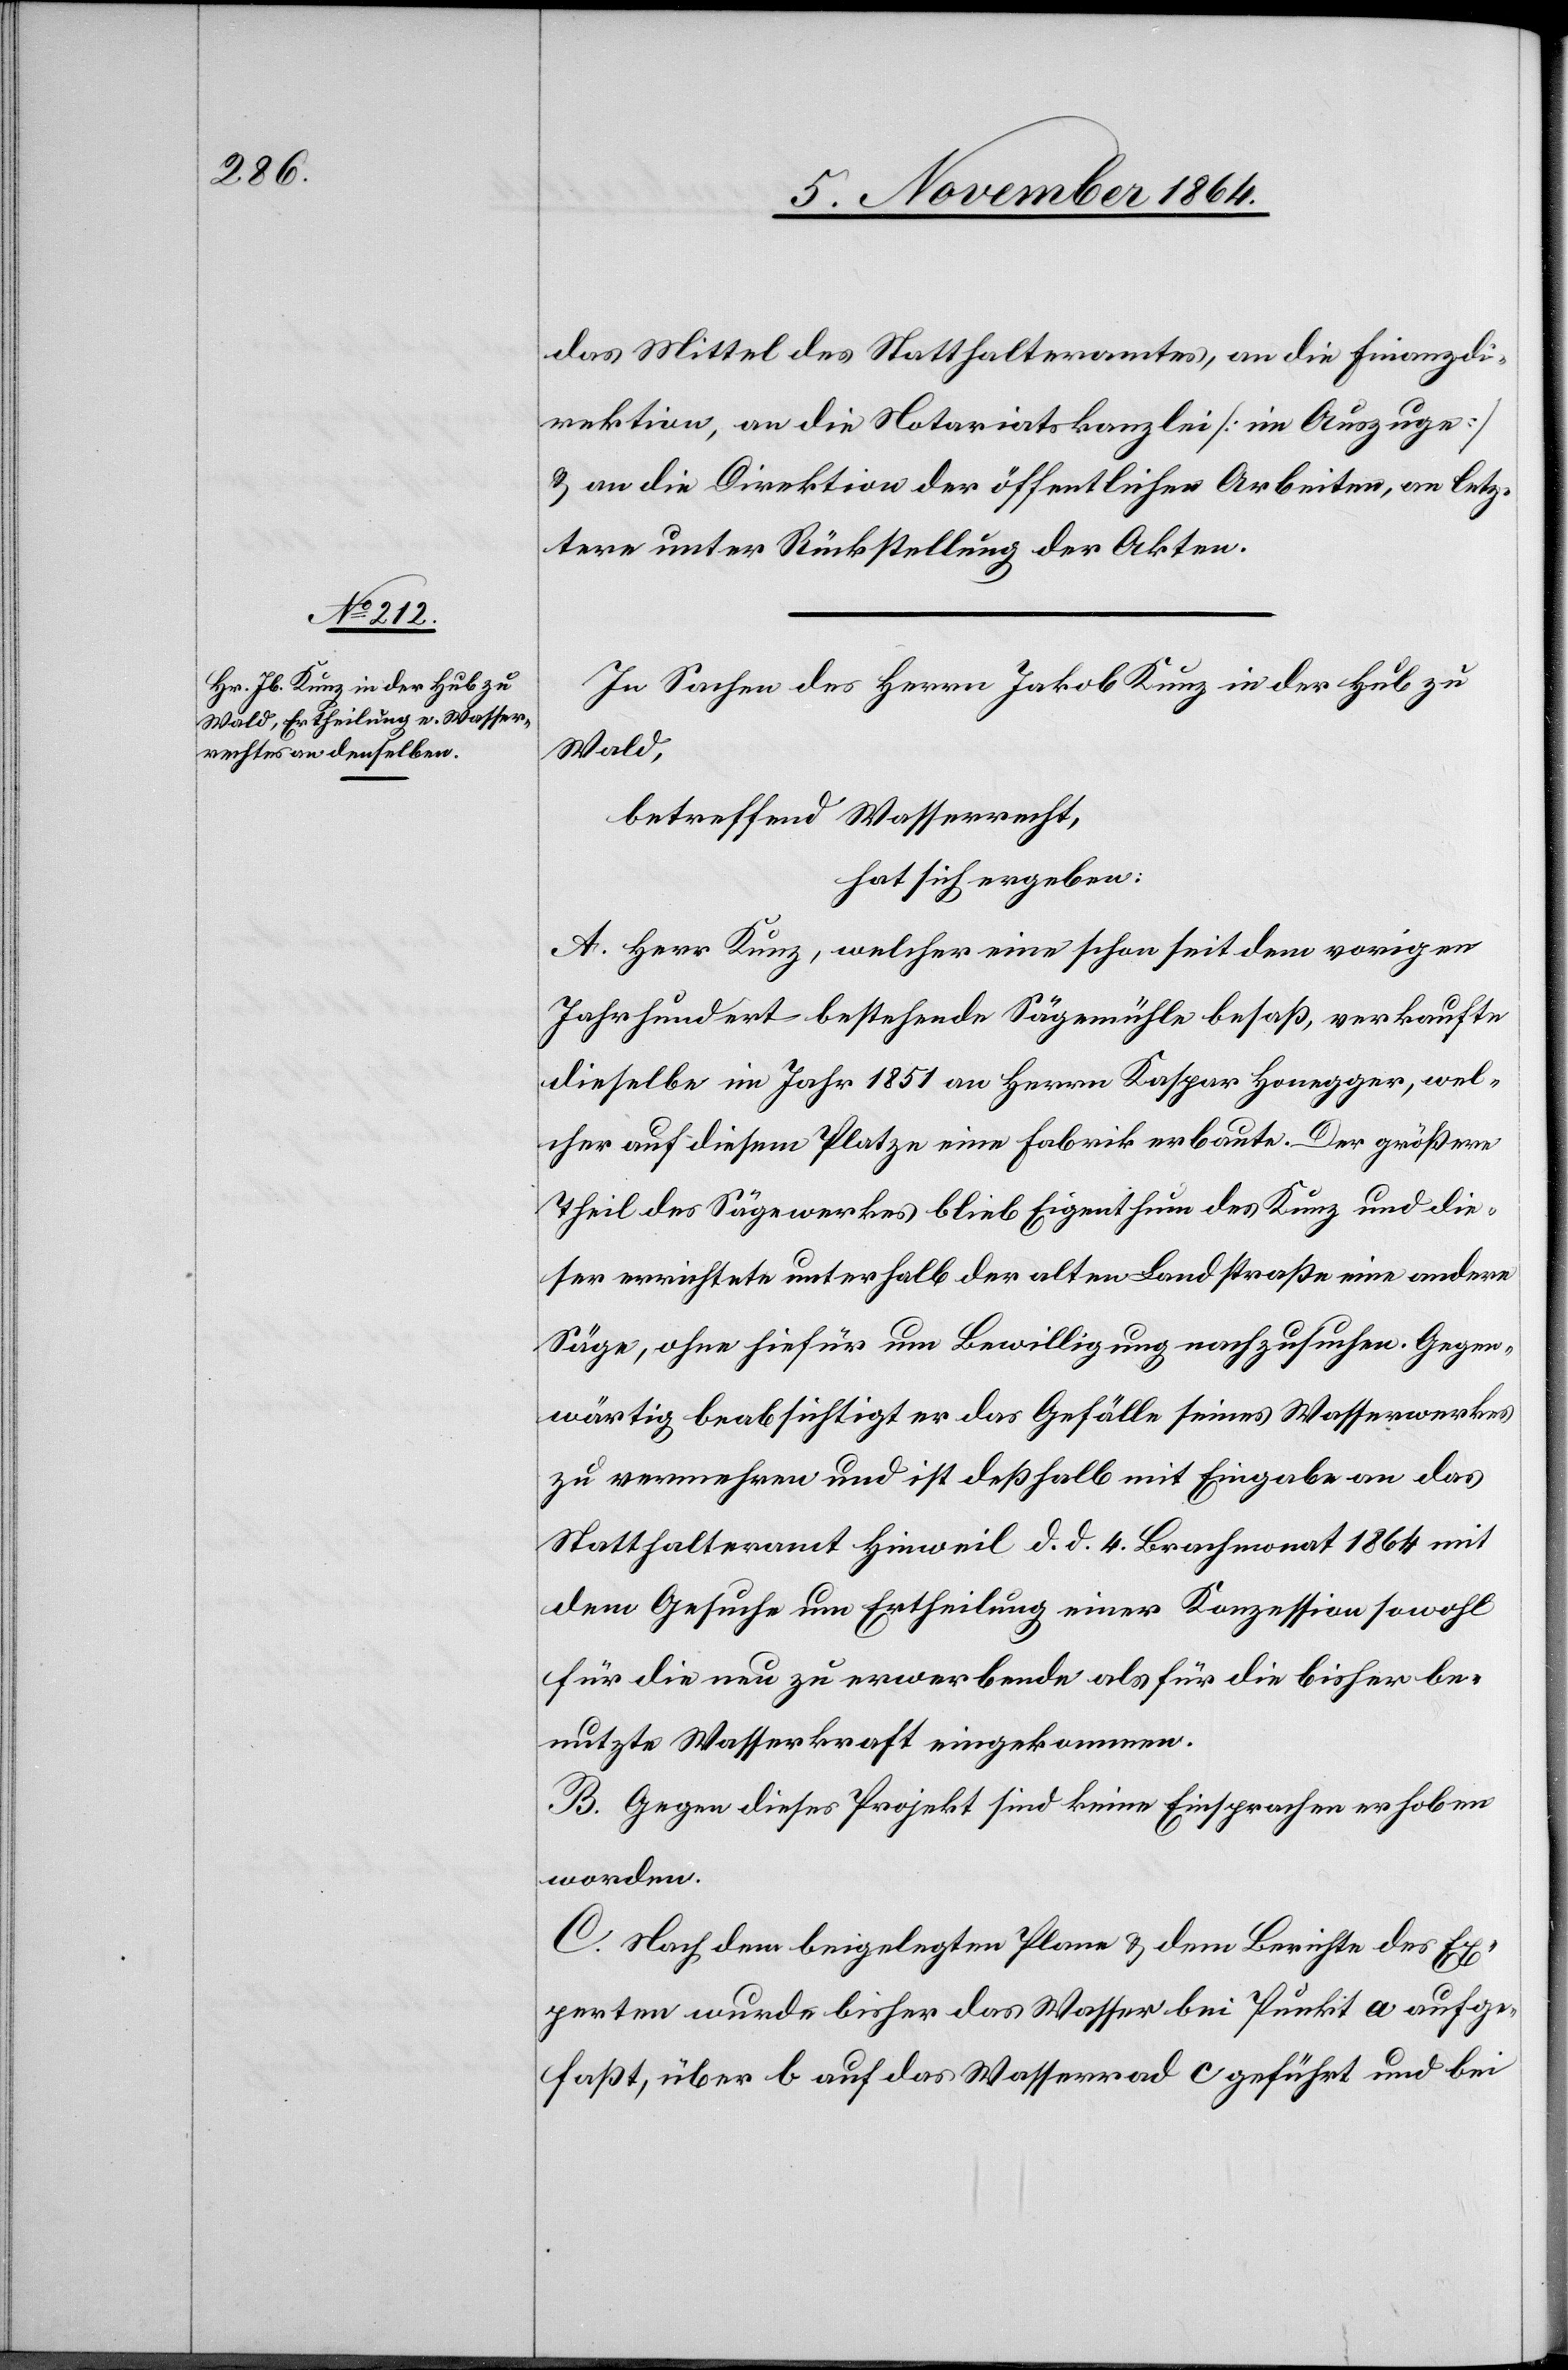
das Mittel des Statthalteramtes, an die Finanzdi¬
rektion, an die Notariatskanzlei [im Auszuge]
& an die Direktion der öffentlichen Arbeiten, an letz¬
tere unter Rückstellung der Akten.
In Sachen des Herrn Jakob Kunz, in der Hub zu
Wald,
betreffend Wasserrecht,
hat sich ergeben:
A. Herr Kunz, welcher eine schon seit dem vorigen
Jahrhundert bestehende Sägemühle besaß, verkaufte
dieselbe im Jahr 1851 an Herrn Kaspar Honegger, wel¬
cher auf diesem Platze eine Fabrik erbaute. Der größere
Theil des Sägewerkes blieb Eigenthum des Kunz und die¬
ser errichtete unterhalb der alten Landstraße eine andere
Säge, ohne hiefür um Bewilligung nachzusuchen. Gegen¬
wärtig beabsichtigt er das Gefälle seines Wasserwerkes
zu vermehren und ist deßhalb mit Eingabe an das
Statthalteramt Hinweil d. d. 4. Brachmonat 1866 mit
dem Gesuche um Ertheilung einer Konzession sowohl
für die neu zu erwerbende als für die bisher be¬
nutzte Wasserkraft eingekommen.
B. Gegen dieses Projekt sind keine Einsprachen erhoben
worden.
C. Nach dem beigelegten Plane & dem Berichte des Ex¬
perten wurde bisher das Wasser bei Punkt a aufge¬
faßt, über b auf das Wasserrad c geführt und bei